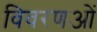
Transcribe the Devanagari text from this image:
विवरणओं